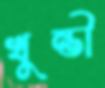
খুন্তী